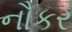
નૌકર